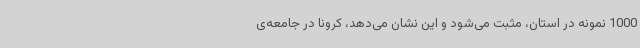
1000 نمونه در استان، مثبت می‌شود و این نشان می‌دهد، کرونا در جامعه‌ی